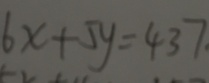
6 x + 5 y = 4 3 7 .